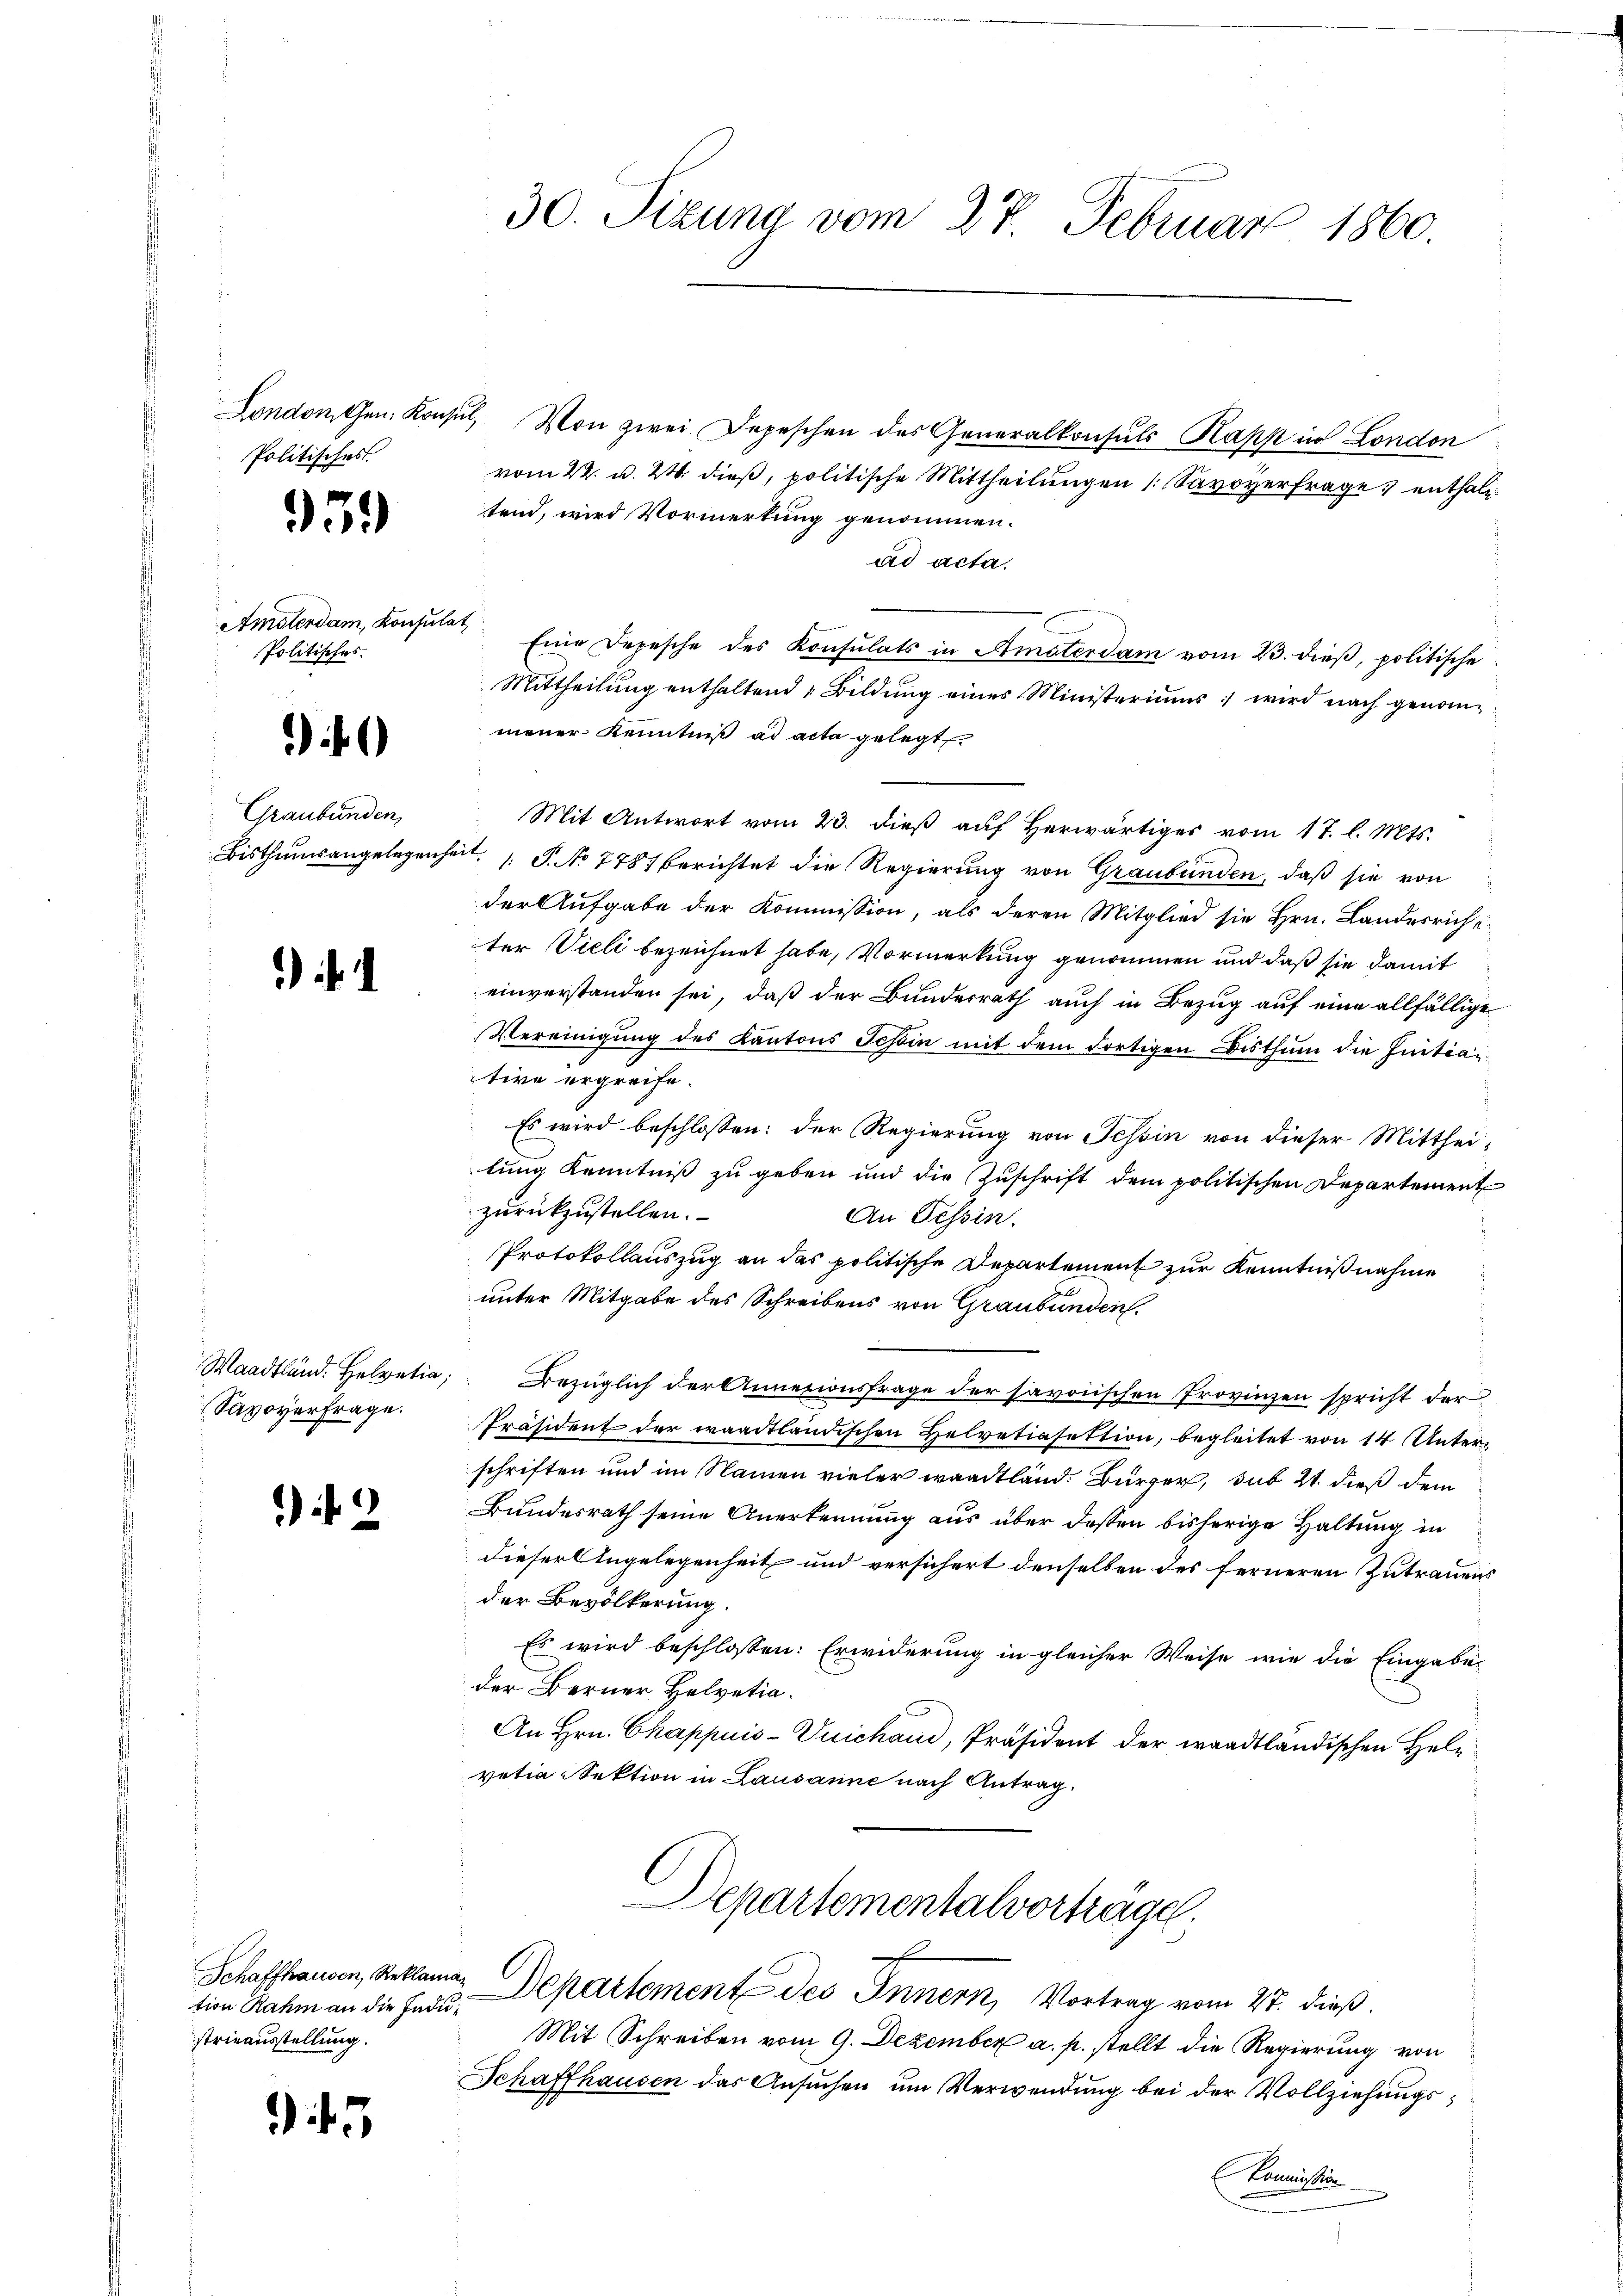
Politisches

959

metendam, Konsula
Politisches.

)

Graubünden,
Bisthumsangelegenhe

).

Waadtländ. Helvetia,
Savoyerfrage.

949

Schaffhausen, Reklama.
tion Rahm an die Industrieausstellung.

943

30. Sizung vom 27. Februar 1860.

London then Konsul, Von zwei Depeschen des Generalkonsuls Kapp in London
vom 22. u. 24. dieß, politische Mittheilungen Savoyerfrage, enthaltend, wird Vormerkung genommen.
ad acta.
8
Eine Depesche des Konsulats in Amsterdam vom 23. dieß, politische
Mittheilŭng enthaltend Bildŭng eines Ministeriums wird nach genommener Kenntniß ad acta gelegt.
Mit Antwort vom 23. dieß auf Herwärtiger vom 17. l. Mts.
it. 1. P. No 1787 berichtet die Regierung von Graubünden, daß sie von
der Aufgabe der Kommission, als deren Mitglied sie Hrn. Landerricht
ter Vieli bezeichnet habe, Vormerkung genommen und daß sie damit
einverstanden sei, daß der Bunderrath auch in Bezug auf eine allfällige
Vereinigung des Kantons Schon mit dem dortigen Bisthum die Initian
tire ergreife.
Es wird beschlossen: der Regierung von Tessin von dieser Mittheilung Kenntniß zu geben und die Zuschrift dem politischen Departement
zurückzustellen.
An Tessin.
Protokollauszug an das politische Departement zur Kenntnißnahme
unter Mitgabe des Schreibens von Graubünden.
Bezüglich der Annezionsfrage der savoischen Provinzen spricht der
Präsident der waadtlamischen Helvetiasettion, begleitet von 14 Unter-
schriften und im Namen vieler waadtländ. Bürger, sub 21. dieß dem
Bundesrath seine Anerkennung aus über dessen bisherige Haltung in
dieser Angelegenheit und versichert denselben des ferneren Zutrauens
der Bevölkerung.
Es wird beschlossen: Erwiderung in gleicher Weise wie die Eingabe
der Berner Helvetia.
An Hrn. Chappuis-Vuichau, Präsident der waadtländischen Helvetia Sektion in Lausanne nach Antrag
Departementalvortrage,
Departement des Innern, Vortrag vom 27. dieß.
Mit Schreiben vom 9. Dezember a. p. stellt die Regierung von
Schaffhausen das Ansuchen um Verwendung bei der Vollziehungs¬
Kommission